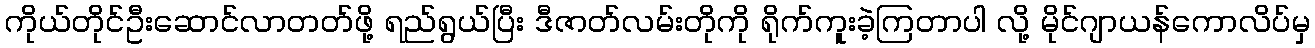
ကိုယ်တိုင်ဦးဆောင်လာတတ်ဖို့ ရည်ရွယ်ပြီး ဒီဇာတ်လမ်းတိုကို ရိုက်ကူးခဲ့ကြတာပါ လို့ မိုင်ဂျာယန်ကောလိပ်မှ